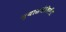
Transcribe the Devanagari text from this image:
न्यासमंजिरीत